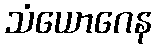
သံယောဂေန